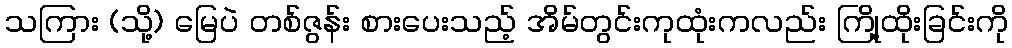
သကြား (သို့) မြေပဲ တစ်ဇွန်း စားပေးသည့် အိမ်တွင်းကုထုံးကလည်း ကြို့ထိုးခြင်းကို